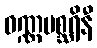
ဝဏ္ဏမစ္ဆရိနီ